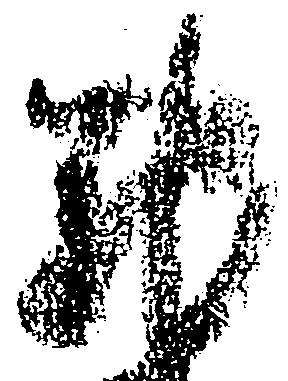
馳